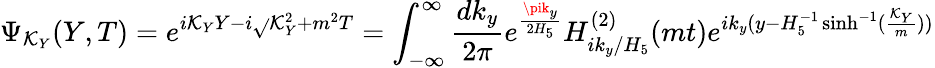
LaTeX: \Psi_{\mathcal{K}_{Y}}(Y,T)=e^{i\mathcal{K}_{Y}Y-i\sqrt{}{{\mathcal{K}_{Y}^{2}+m^{2}}}T}=\int_{-\infty}^{\infty}\frac{{dk_{y}}}{{2\pi}}e^{\frac{{\pik_{y}}}{{2H_{5}}}}H_{ik_{y}/H_{5}}^{(2)}(mt)e^{ik_{y}(y-H_{5}^{-1}\sinh^{-1}(\frac{{\mathcal{K}_{Y}}}{{m}}))}